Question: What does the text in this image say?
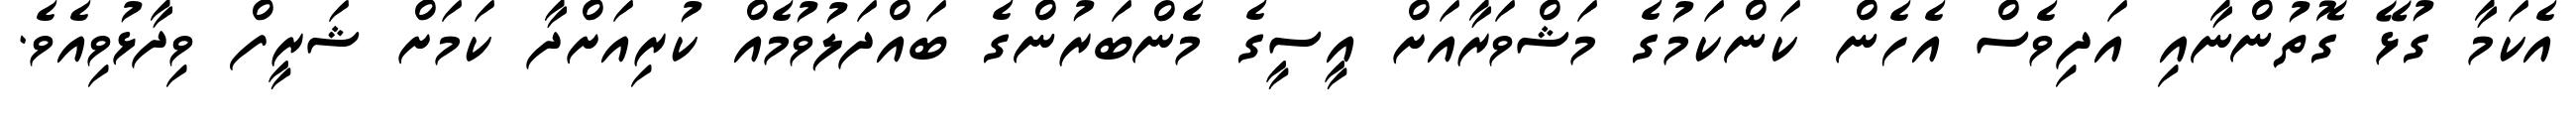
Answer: އެކަމާ ގުޅޭ ގޮތުންނާއި އަދިވެސް އެހެން ކަންކަމުގެ މަޝްވަރާއަށް އީސީގެ މެންބަރުންގެ ބައްދަލުވުމެއް ކުރިއަށްދާ ކަމަށް ޝަރީފް ވިދާޅުވިއެވެ.